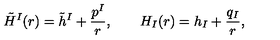
\tilde { H } ^ { I } ( r ) = \tilde { h } ^ { I } + { \frac { p ^ { I } } { r } } , \qquad H _ { I } ( r ) = h _ { I } + { \frac { q _ { I } } { r } } ,